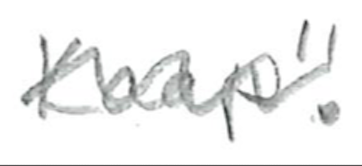
Text: Kaap".
Cross-out: wave
Writing tool: pencil